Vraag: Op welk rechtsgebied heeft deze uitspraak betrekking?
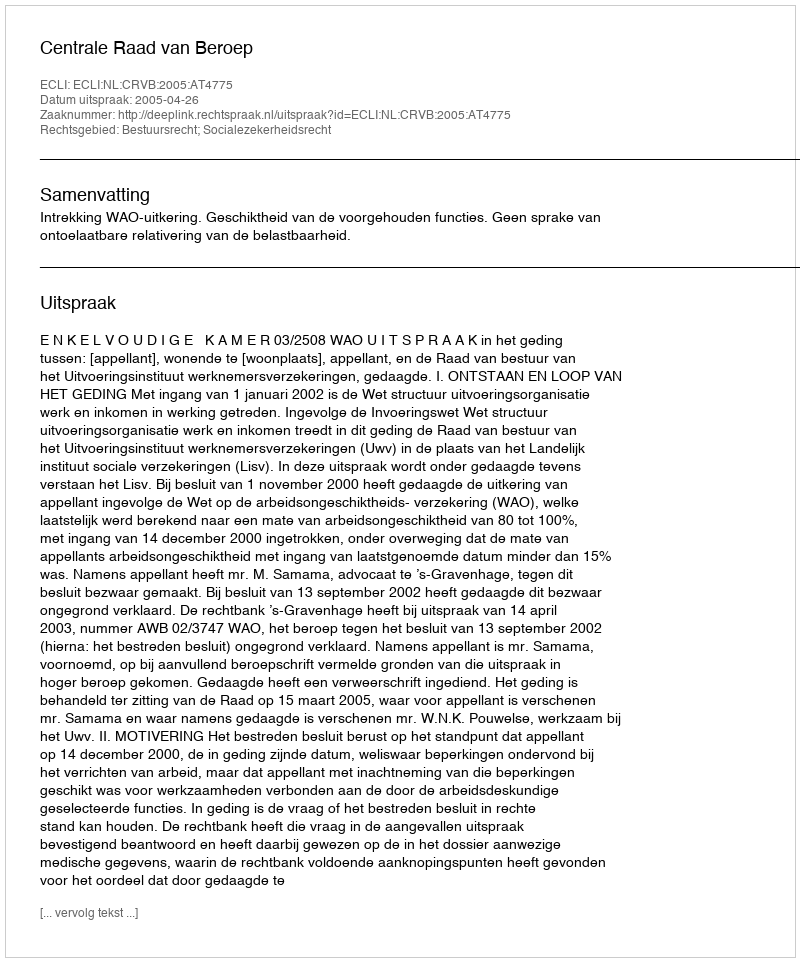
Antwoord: Bestuursrecht; Socialezekerheidsrecht